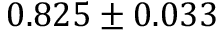
0 . 8 2 5 \pm 0 . 0 3 3